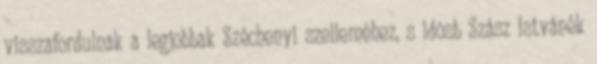
visszafordulnak a legjobbak Széchenyi szelleméhez, s idõsb Szász Istvánék